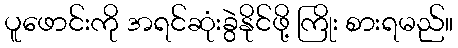
ပူဖောင်းကို အရင်ဆုံးခွဲနိုင်ဖို့ ကြိုး စားရမည်။